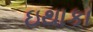
ઇથાકા